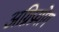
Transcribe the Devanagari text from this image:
अग्निप्रयोग